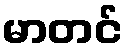
မာတင်